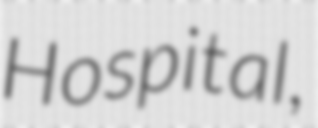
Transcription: Hospital,